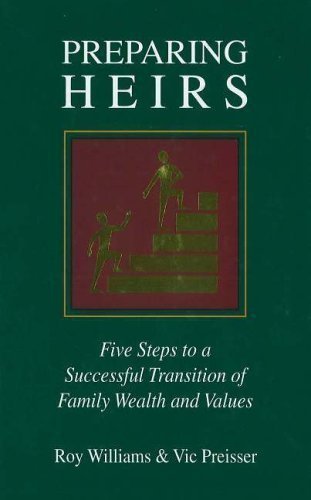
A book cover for Preparing Heirs: Five Steps to a Successful Transition of Family Wealth and Values by Williams, Roy, Preisser, Vic (2003); Law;